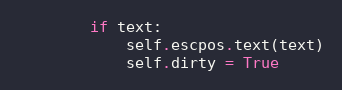
Language: Python
        if text:
            self.escpos.text(text)
            self.dirty = True